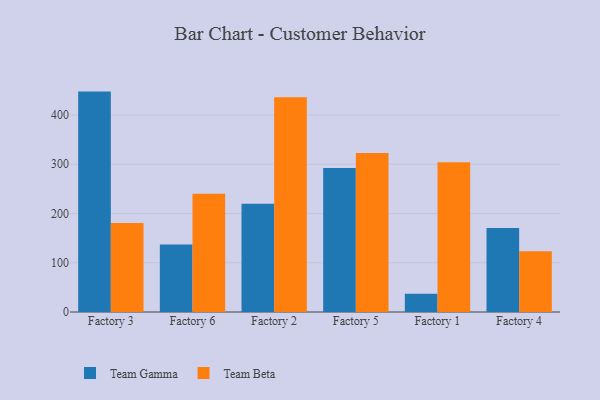
{"axis": {"x": "Factory", "y": "Budget (USD K)"}, "legend": ["Team Beta", "Team Gamma"], "data": [{"x": "Factory 3", "y": 447.6, "type": "Team Gamma"}, {"x": "Factory 3", "y": 180.9, "type": "Team Beta"}, {"x": "Factory 6", "y": 137.2, "type": "Team Gamma"}, {"x": "Factory 6", "y": 240.1, "type": "Team Beta"}, {"x": "Factory 2", "y": 219.8, "type": "Team Gamma"}, {"x": "Factory 2", "y": 436.3, "type": "Team Beta"}, {"x": "Factory 5", "y": 292.5, "type": "Team Gamma"}, {"x": "Factory 5", "y": 323.1, "type": "Team Beta"}, {"x": "Factory 1", "y": 36.9, "type": "Team Gamma"}, {"x": "Factory 1", "y": 304.0, "type": "Team Beta"}, {"x": "Factory 4", "y": 170.5, "type": "Team Gamma"}, {"x": "Factory 4", "y": 123.3, "type": "Team Beta"}]}